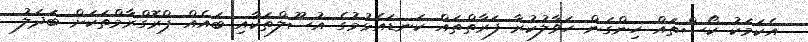
އެކަމަކު ކޯސްތައް ހިންގަން ހަވާލުކުރާ ފަރާތްތައް ކަނޑައެޅުމުގެ އުސޫލްތަކާއި ބައެއް ޕްރޮގްރާމްތަކަށް ބަދަލު